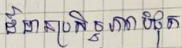
ដ៏មានប្រសិទ្ធភាពបំផុត